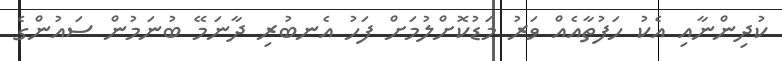
ކުދިންނާއި އެކު ހަފުތާއެއް ވަރު މަޑުކޮށްލުމަށް ފަހު އެނބުރި ދާނަމޭ ބުނަމުން ސައުންގެ